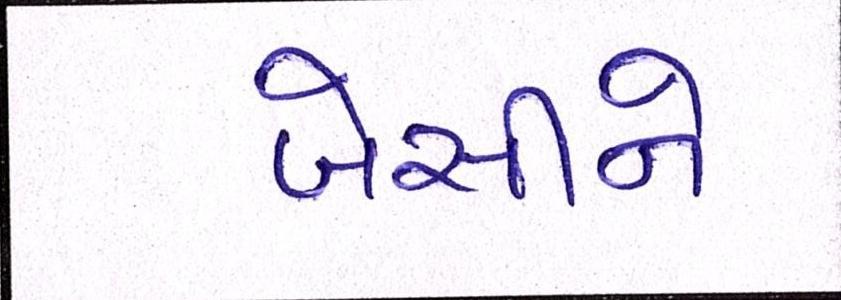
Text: બેસીને